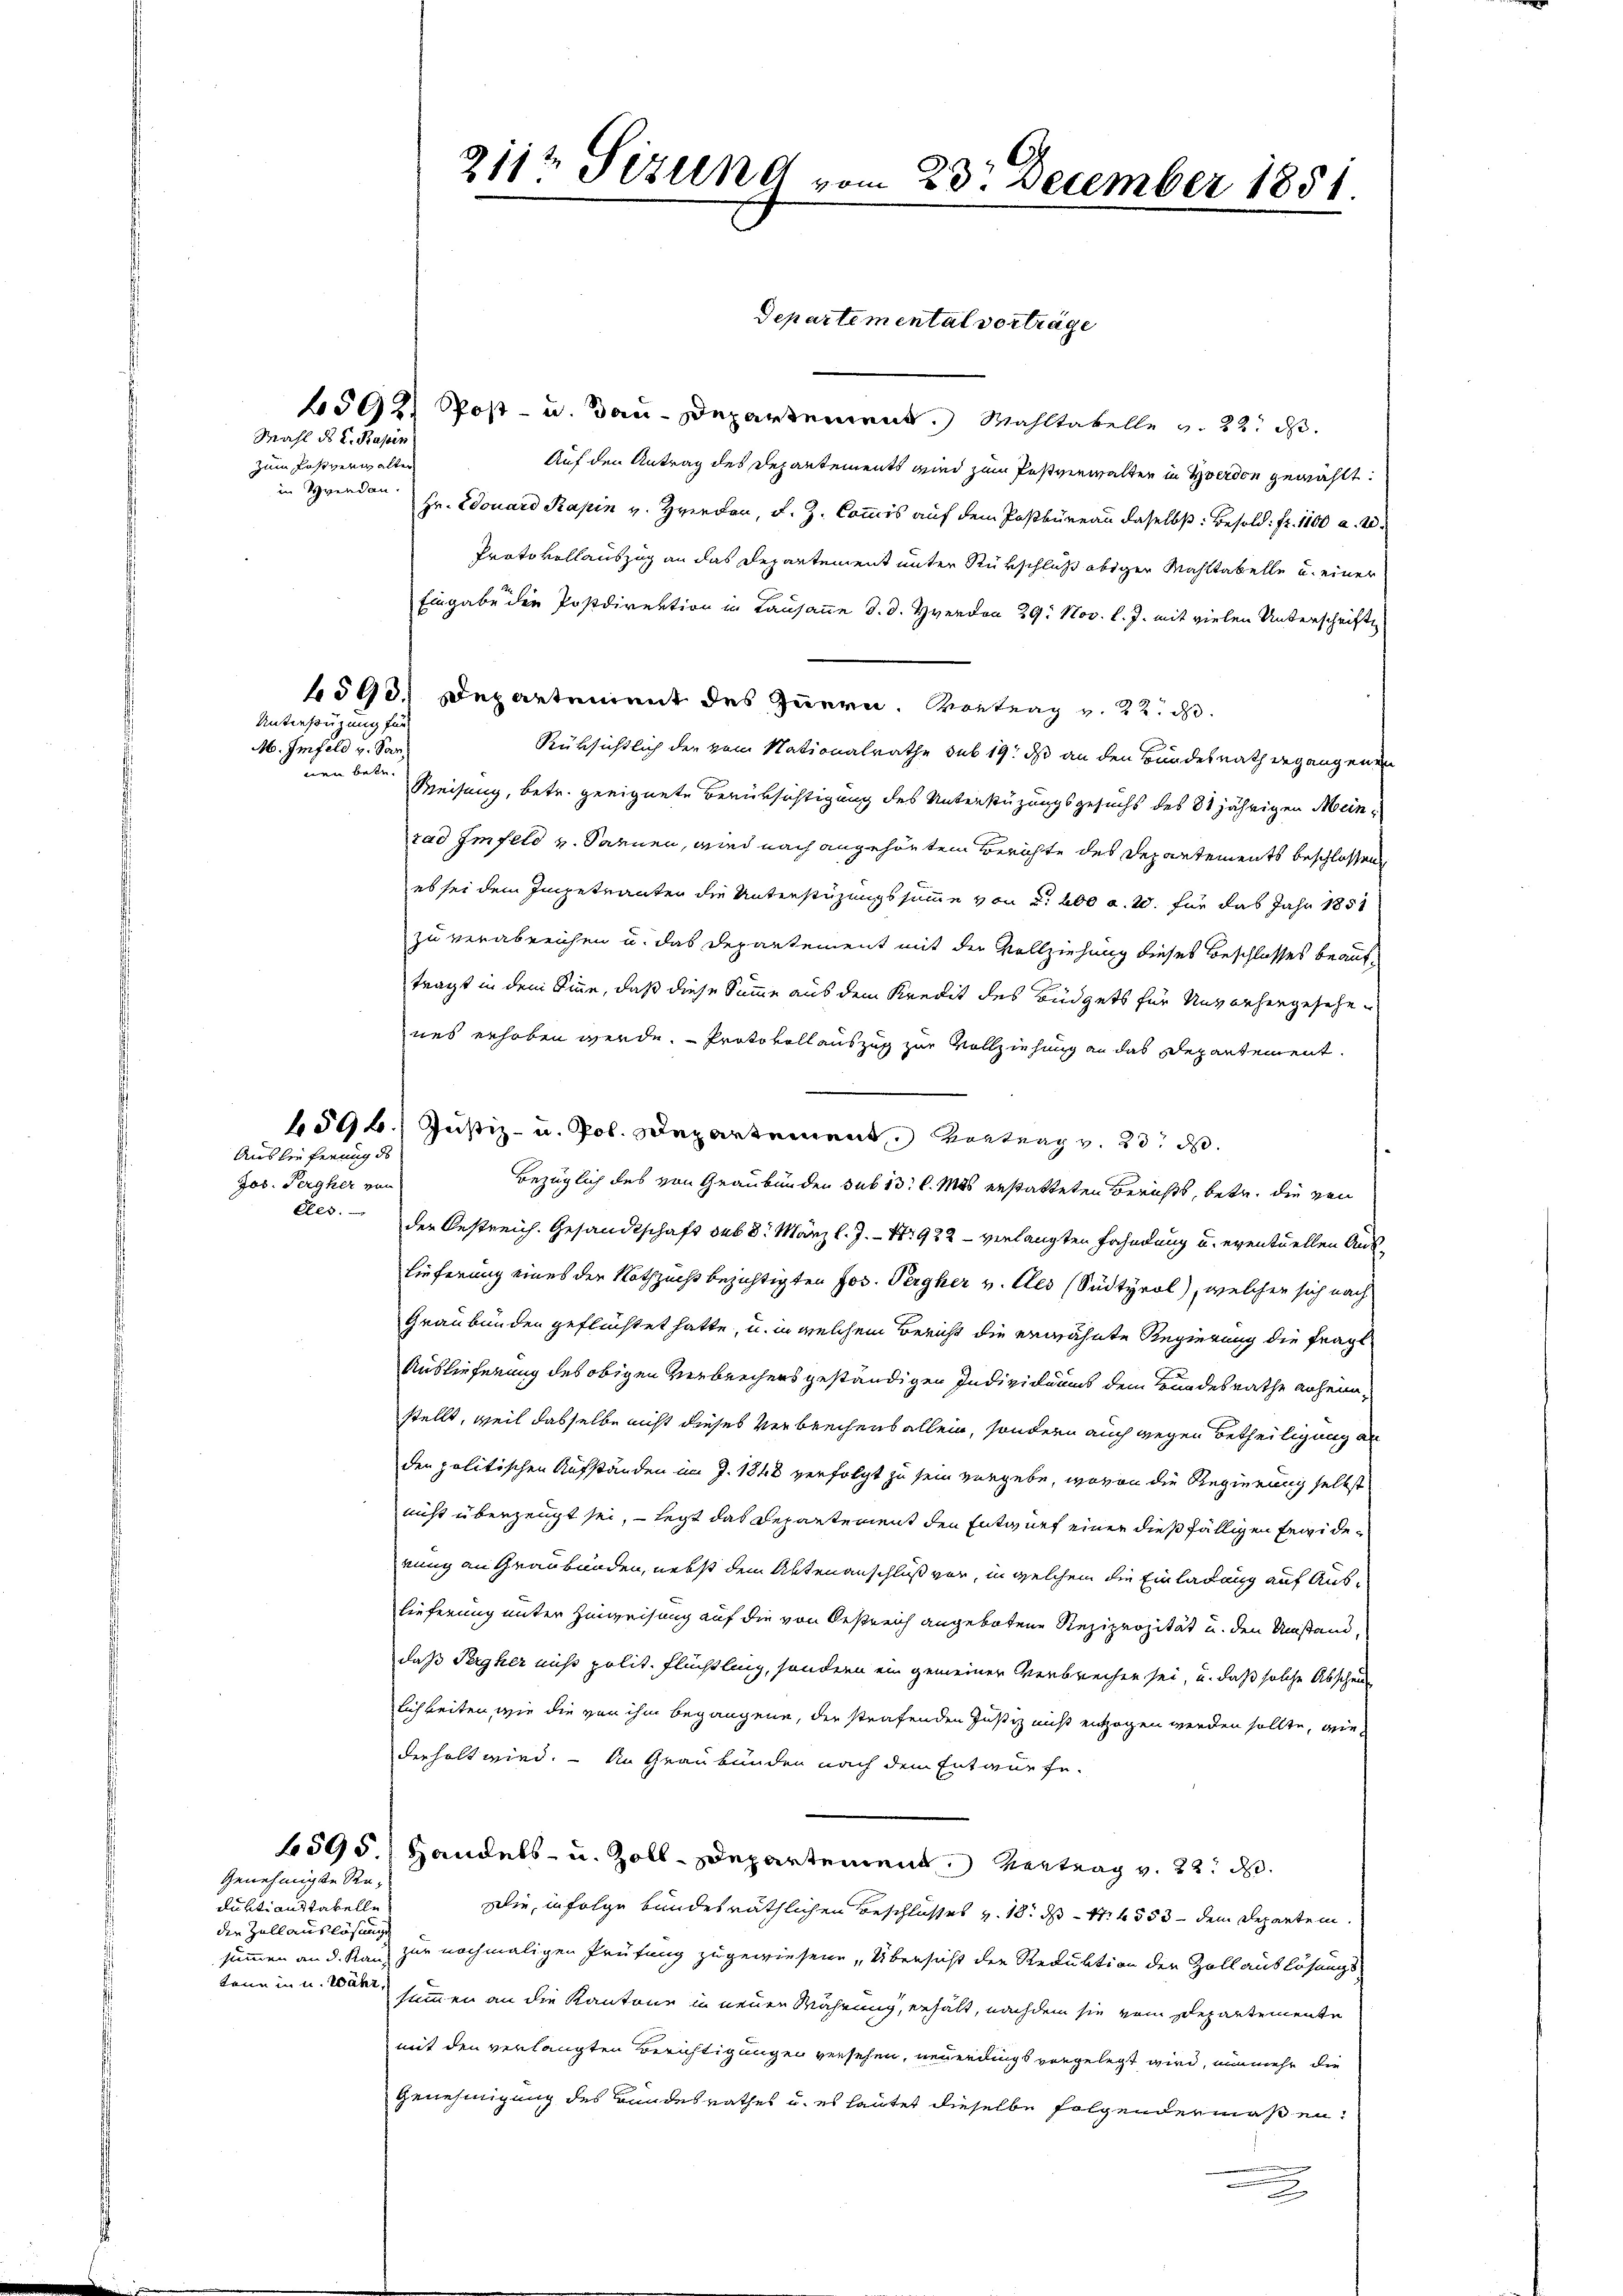
zum Postverin alter
in Menden.

Mahl des C. Papin

Unterstüzung für
M. Imfeld v. San.
nen betr.

Auslieferung de
Jos. Pergher von

duntianstabelle
der Zollauslösung
kann in u. Wahr

Genehmigte Re¬

211t Sizung vom 23. December 1851

Departemental vorträge

592, Post- u. Bau-Departement. Wahltabelle v. 22. ds.
Auf den Antrag des Departements wird zum Postverwalten in Yverden gewählt:
Hr. Edouard Rapin v. Zwerden, d. Z. Commis auf dem Postbüreau daselbst: Besold. fr. 1100 a. 20.
Protokollauszug an das Departement unter Rükschluß obiger Mahltabelle u. einer
Eingabe die Postdirektion in Lausanne d. d. Herden 29. Nov. l. J. mit vielen Unterschrifte
6593. Departement des Innern. Vortrag v. 22. d.
Rüksichtlich der vom Nationalrathe sub 19. ds an den Bundesrath ergangenen
Weisung, betr. geeignete Berüksichtigung des Unterstüzungsgesuchs des 8jährigen Meinrad Imfeld v. Saanen, wird nach angehörtem Berichte des Departements beschlossene
es sei dem Impetranten die Unterstüzungssumme von d. 200 a. W. für das Jahr 1851
zu verabreichen u. das Departement mit der Vollziehung dieses Beschlosses beauftragt in dem Sinne, daß diese Summe aus dem Kredit des Büdgets für Unvorhergesehe
nes erhoben werde.  Protokollauszug zur Vollziehung an das Departement
1596. Justiz- u. Pol. Departement, Vortrag v. 23. d.
Bezüglich des von Graubünden sub 15t l. Mas erstatteten Berichts, betr. die von
etes der Oestreich. Gesandtschaft sub 8. März l. J. - N: 922 - verlangten Fahndung u. eventuellen Aus-
Lieferung eines der Nothzucht bezichtigten Jos. Pergher v. Ces (Sudtyrol, welcher sich nach
Graubünden geflüchtet hatte, u. in welchem Bericht die erwähnte Regierung die fragt
Auslieferung des obigen Verbrechens geständigen Individuums dem Grundesrathe anheim,
stellt, weil dasselbe nicht dieses Verbrechens allein, sondern auch wegen Betheiligung an
den politischen Aufständen im J. 1848 verfolgt zu sein vergebe, wovon die Regierung selbst
nicht überzeugt sei, - legt das Departement den Entwurf einer dießfälligen Erwiderung an Graubünden, nebst dem Aktenanschluß vor, in welchem die Einladung auf Auslieferung unter Hinweisung auf die von Oestreich angebotene Reziprozität u. den Umstand,
daß Pergher nicht polit. Flüchtling, sondern ein gemeiner Verbrechen sei, u. daß solche Abschei
lichkeiten, wie die von ihm begangene, der strafenden Justiz nicht entzogen werden sollte, wiederholt wird. – An Graubünden nach dem Entwurfe.
4595.) Handels- u. Zoll-Departement Vertrag v. 22. d.
Die, infolge bundesräthlichen Beschlusses v. 18. ds N. 553 dem Departem
summen an d. Kauz zur nochmaligen Prüfung zugewiesene „Übersicht der Reduktion der Zollauslösungssummen an die Kantone in neuen Währung, erhält, nachdem sie vom Departemente
mit den verlangten Berichtigungen versehen, neuerdings vorgelegt wird, nunmehr die
Genehmigung des Bundesrathes u. es lautet dieselbe folgendermaßen¬
2